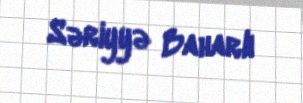
Səriyyə Baharlı